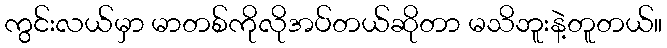
ကွင်းလယ်မှာ မာတစ်ကိုလိုအပ်တယ်ဆိုတာ မသိဘူးနဲ့တူတယ်။